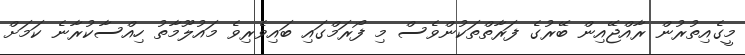
މީގެއިތުރުން ރާއްޖޭއިން ބޭރުގެ ފަރާތްތަކުންވެސް މި ފޯރަމްގައި ބައިވެރިވެ މައުލޫމާތު ހިއްސާކުރާނެ ކަމަށް